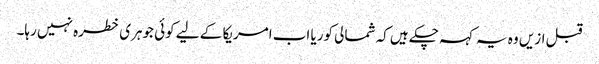
قبل ازیں وہ یہ کہہ چکے ہیں کہ شمالی کوریا اب امریکا کے لیے کوئی جوہری خطرہ نہیں رہا۔